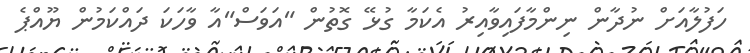
ހަފުލާއަށް ނުދާން ނިންމާފައިވާއިރު އެކަމާ ގުޅޭ ގޮތުން "އަވަސް"އާ ވާހަކަ ދައްކަމުން ޔޫއްޕެ